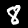
Digit: 8